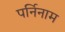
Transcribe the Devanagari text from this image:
पर्निनाम